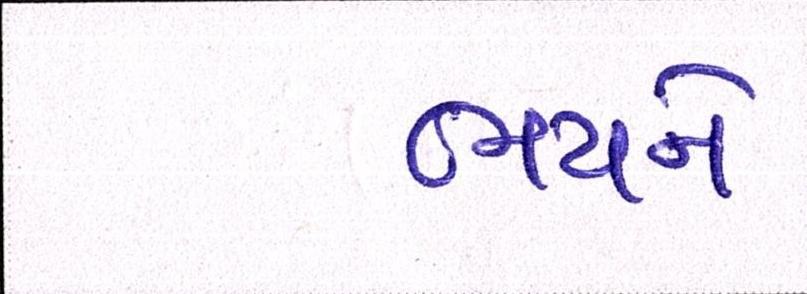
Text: ભયને